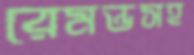
রেমন্ডসহ